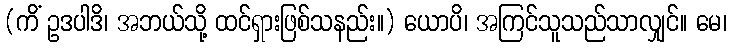
(ကိံ ဥဒပါဒိ၊ အဘယ်သို့ ထင်ရှားဖြစ်သနည်း။) ယောပိ၊ အကြင်သူသည်သာလျှင်။ မေ၊